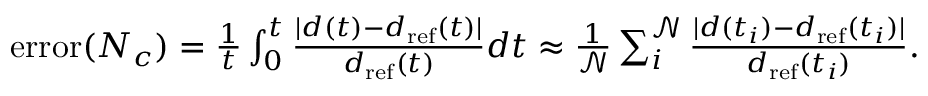
\begin{array} { r } { \mathrm { e r r o r } ( N _ { c } ) = \frac { 1 } { t } \int _ { 0 } ^ { t } \frac { | d ( t ) - d _ { \mathrm { r e f } } ( t ) | } { d _ { \mathrm { r e f } } ( t ) } d t \approx \frac { 1 } { \mathcal { N } } \sum _ { i } ^ { \mathcal { N } } \frac { | d ( t _ { i } ) - d _ { \mathrm { r e f } } ( t _ { i } ) | } { d _ { \mathrm { r e f } } ( t _ { i } ) } . } \end{array}